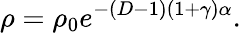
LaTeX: \rho=\rho_{0}e^{-(D-1)(1+\gamma)\alpha}.